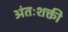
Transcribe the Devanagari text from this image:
अंतःशक्ती